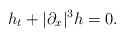
LaTeX: \begin{align*}h_t+|\partial_x|^3h=0.\end{align*}